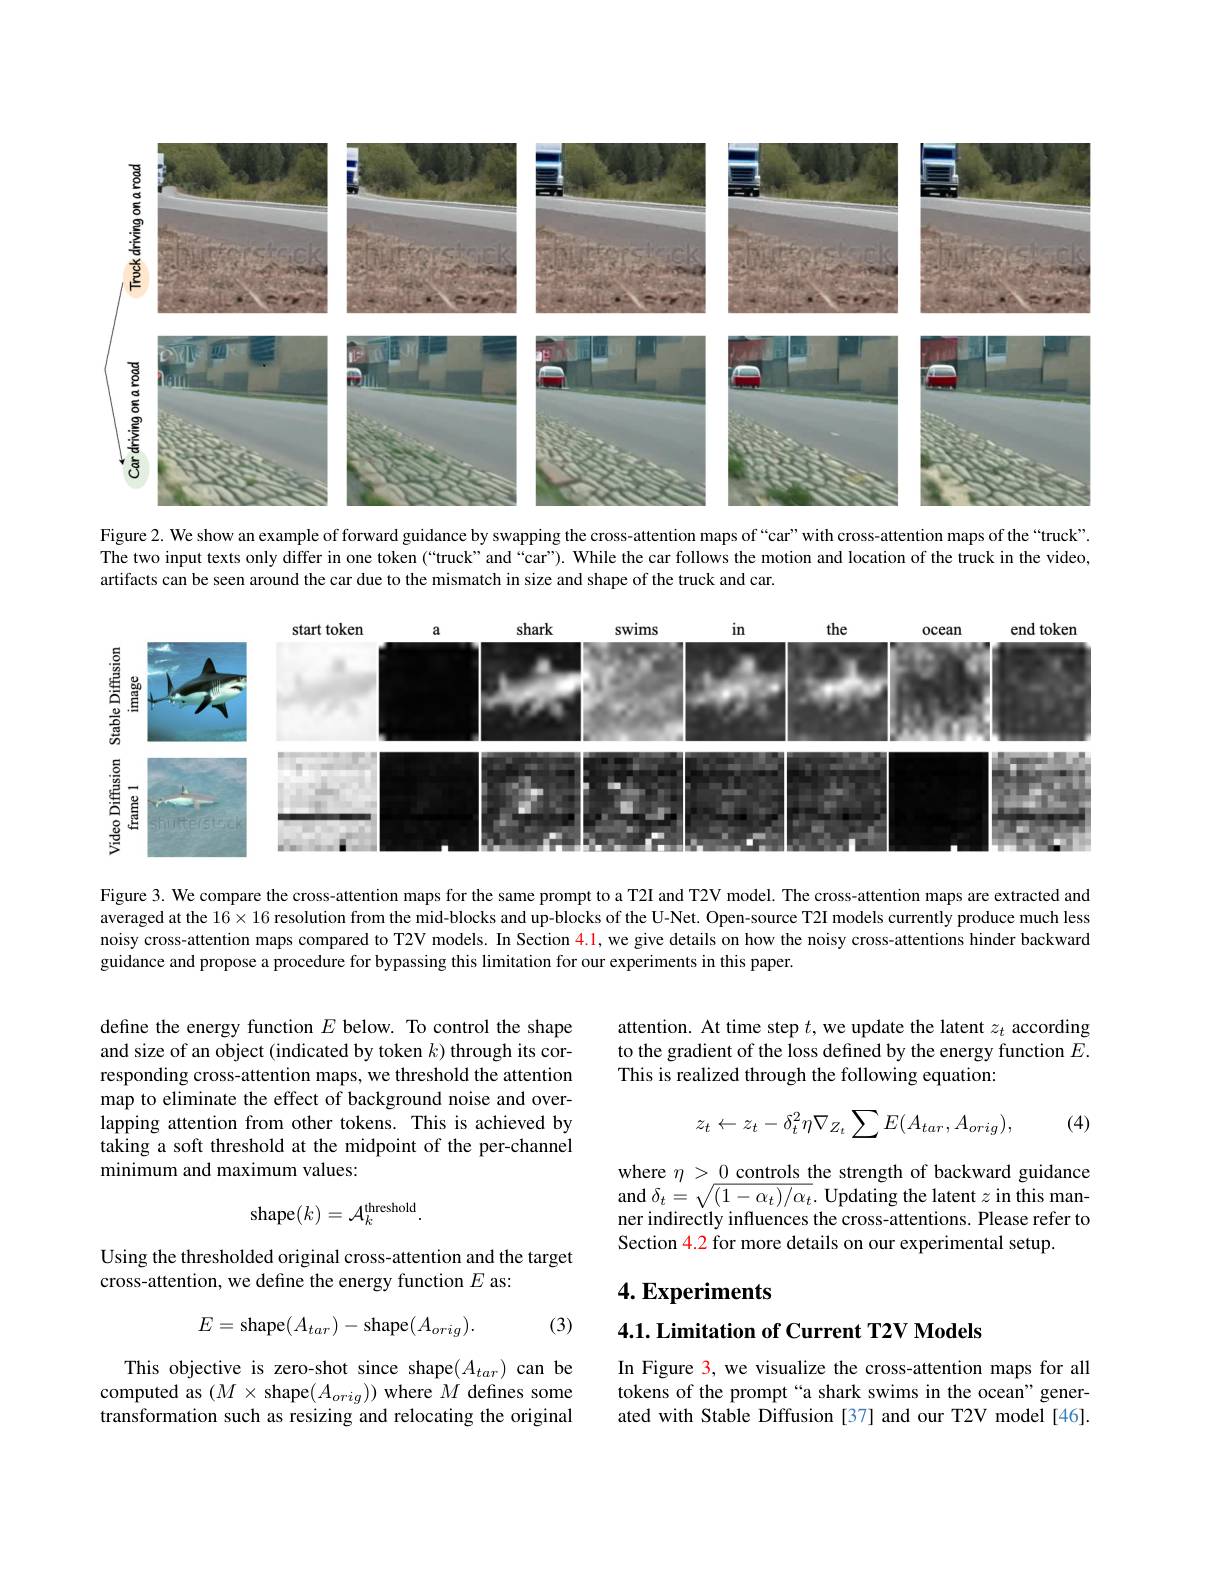
<FigureHere>

Figure 2. We show an example of forward guidance by swapping the cross-attention maps of “car”with cross-attention maps of the “truck”. The two input texts only differ in one token (“truck”and“car”). While the car follows the motion and location of the truck in the video, artifacts can be seen around the car due to the mismatch in size and shape of the truck and car.

<FigureHere>

Figure 3. We compare the cross-attention maps for the same prompt to a T2I and T2V model. The cross-attention maps are extracted and averaged at the $16\times16$ resolution from the mid-blocks and up-blocks of the U-Net. Open-source T2I models currently produce much less noisy cross-attention maps compared to T2V models. In Section $\color{red}{4.1,\text{we give details on how the noisy cross-attentions hinder backwarde ther backwarde ther der der der der der der der der der der der der der der der der der der der der der der der }}$ guidance and propose a procedure for bypassing this limitation for our experiments in this paper.

attention. At time step $t$, we update the latent $z_t$ according to the gradient of the loss defined by the energy function $E.$ This is realized through the following equation:

define the energy function $E$ below. To control the shape and size of an object (indicated by token $k)$ through its corresponding cross-attention maps, we threshold the attention map to eliminate the effect of background noise and overlapping attention from other tokens. This is achieved by taking a soft threshold at the midpoint of the per-channel minimum and maximum values:
$$z_{t}\leftarrow z_{t}-\delta_{t}^{2}\eta\nabla_{Z_{t}}\sum E(A_{tar},A_{orig}),$$
(4)

where $\eta>\underline0$ controls the strength of backward guidance and $\delta_{t}=\sqrt{(1-\alpha_{t})/\alpha_{t}}.$ Updating the latent $z$ in this manner indirectly influences the cross-attentions. Please refer to Section 4.2 for more details on our experimental setup.
$$\mathrm{shape}(k)=\mathcal{A}_{k}^{\mathrm{threshold}}.$$
Using the thresholded original cross-attention and the target
cross-attention, we define the energy function $E$ as:

## $4. \textbf{Experiments}$
$$E=\mathrm{shape}(A_{tar})-\mathrm{shape}(A_{orig}).$$
(3)

$4. 1. \textbf{Limitation of Current T2V Models}$

In Figure 3, we visualize the cross-attention maps for all tokens of the prompt“a shark swims in the ocean" generated with Stable Diffusion [37] and our T2V model [46].

This objective is zero-shot since shape($A_tar)$ can be computed as $(M\times$shape$(A_orig))$ where $M$ defines some transformation such as resizing and relocating the original